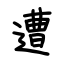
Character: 遭